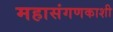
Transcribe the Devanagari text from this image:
महासंगणकाशी